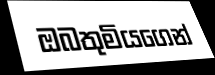
ඔබතුමියගෙන්